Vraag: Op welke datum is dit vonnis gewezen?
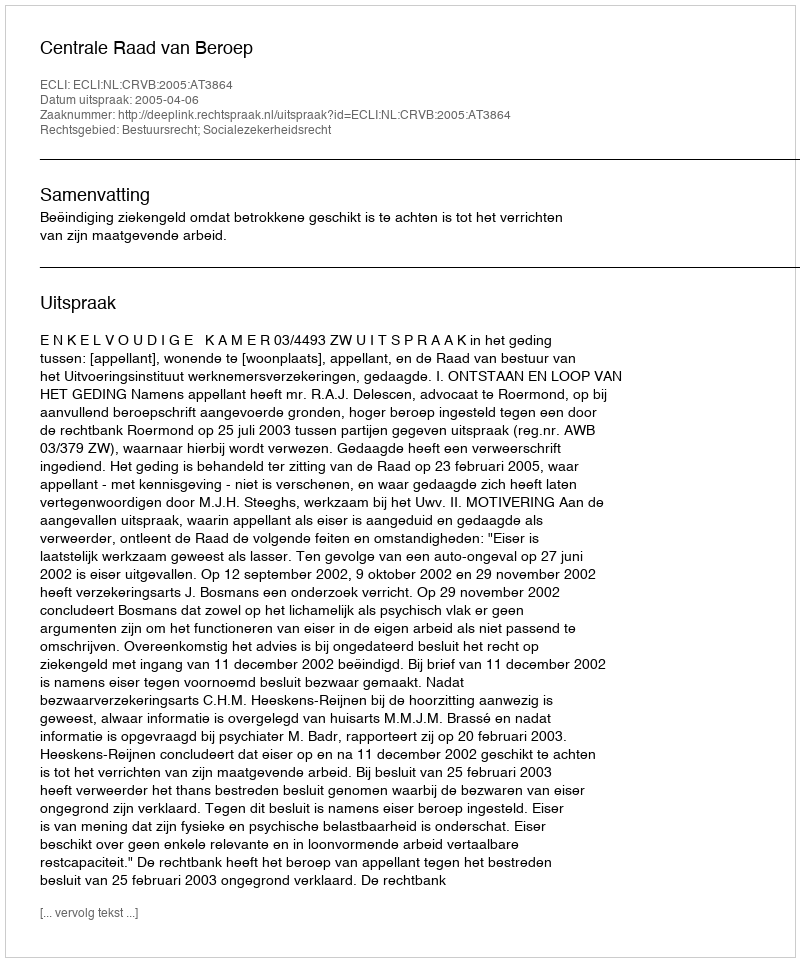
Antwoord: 2005-04-06